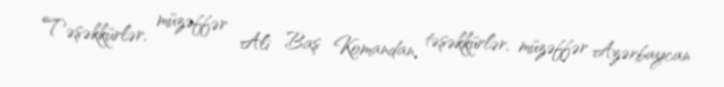
Təşəkkürlər, müzəffər Ali Baş Komandan, təşəkkürlər, müzəffər Azərbaycan